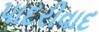
પાદરીવાદ